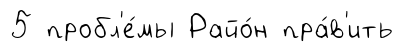
5 пробл'е́мы Райо́н пра́в'ить